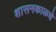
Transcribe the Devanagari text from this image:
शासनकाळचे